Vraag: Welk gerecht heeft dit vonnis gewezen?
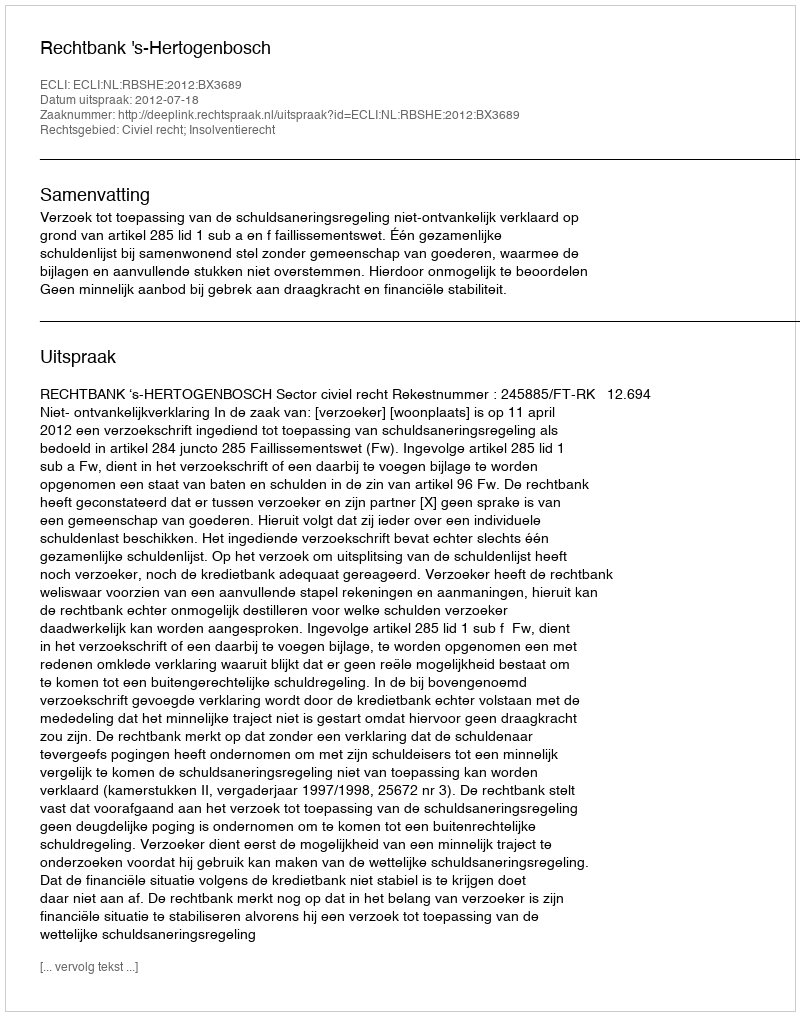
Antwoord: Rechtbank 's-Hertogenbosch